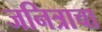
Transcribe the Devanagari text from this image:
जनित्राचा